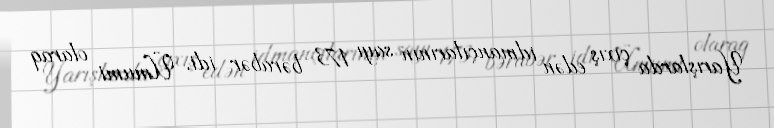
Yarışlarda çıxış edən idmançılarının sayı 173 bərabər idi. Ümumi olaraq